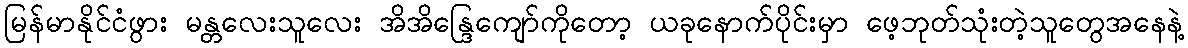
မြန်မာနိုင်ငံဖွား မန္တလေးသူလေး အိအိန္ဒြေကျော်ကိုတော့ ယခုနောက်ပိုင်းမှာ ဖေ့ဘုတ်သုံးတဲ့သူတွေအနေနဲ့